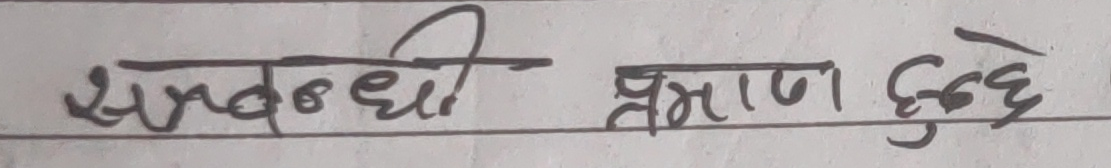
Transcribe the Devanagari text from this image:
सम्बन्धी प्रमाण हुन्छ